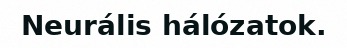
Neurális hálózatok.